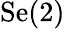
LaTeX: \textrm{Se(2)}